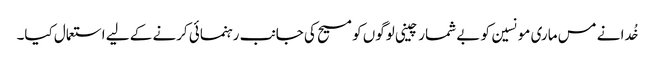
خُدا نے مس ماری مونسین کو بے شمار چینی لوگوں کو مسیح کی جانب رہنمائی کرنے کے لیے استعمال کیا۔